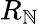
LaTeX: R_{\mathbb{N}}